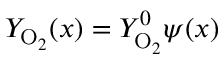
Y _ { \mathrm { O } _ { 2 } } ( x ) = Y _ { \mathrm { O } _ { 2 } } ^ { 0 } \psi ( x )